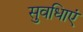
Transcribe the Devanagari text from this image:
सुवधिाएं